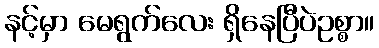
နင့်မှာ မေရွက်လေး ရှိနေပြီပဲဥစ္စာ။